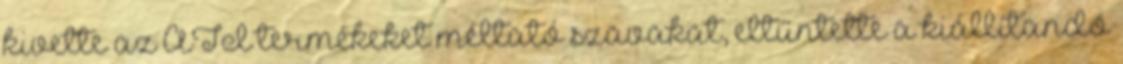
kivette az ATI termékeket méltató szavakat, eltűntette a kiállítandó